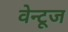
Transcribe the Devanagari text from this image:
वेन्टूज